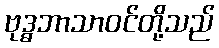
ဗုဒ္ဓဘာသာဝင်တို့သည်